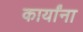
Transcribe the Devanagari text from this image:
कार्यांना